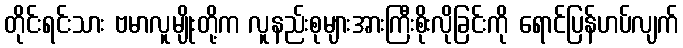
တိုင်းရင်းသား ဗမာလူမျိုးတို့က လူနည်းစုများအားကြီးစိုးလိုခြင်းကို ရောင်ပြန်ဟပ်လျက်